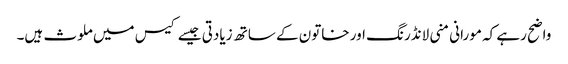
واضح رہے کہ مورانی منی لانڈرنگ اور خاتون کے ساتھ زیادتی جیسے کیس میں ملوث ہیں۔